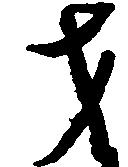
才